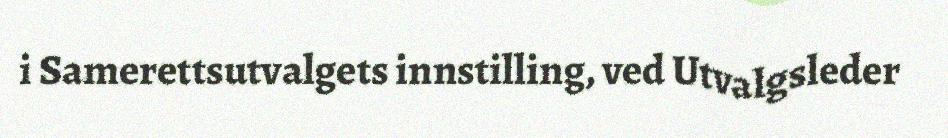
i Samerettsutvalgets innstilling, ved Utvalgsleder